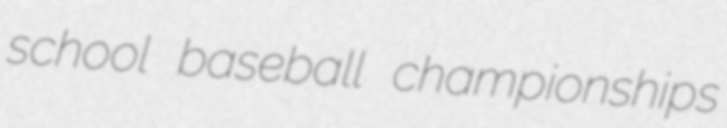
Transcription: school baseball championships